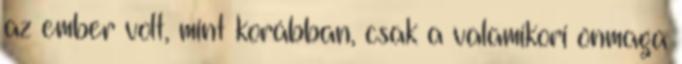
az ember volt, mint korábban, csak a valamikori önmaga